Vaccination in Burma 1912-1922 - 1912-1922
Year: 1912
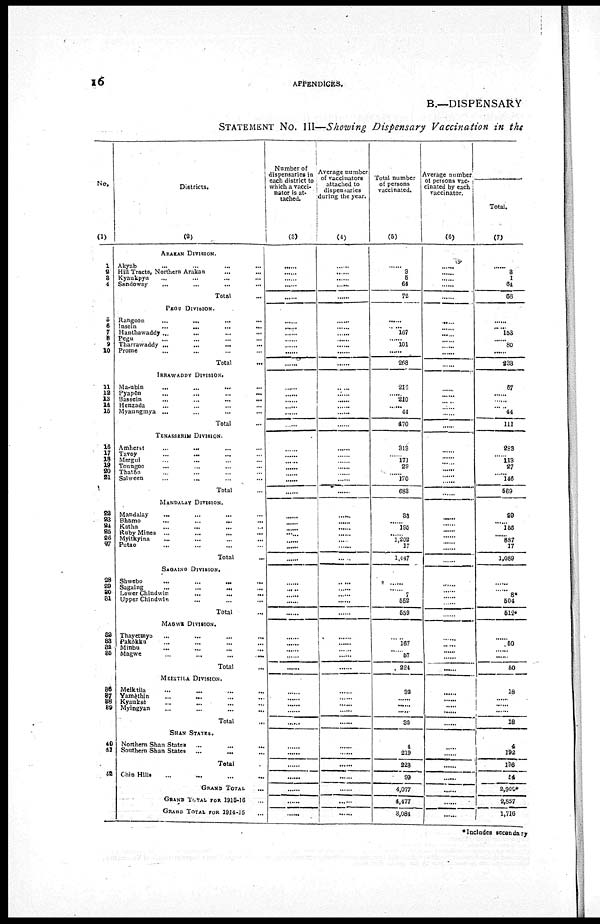
16
APPENDICES.
B.—DISPENSARY
STATEMENT No. III—Showing Dispensary Vaccination in the
No.
(1)
1
2
3
4
5
6
7
8
9
10
11
12
13
14
16
16
17
18
19
20
21
22
23
24
25
26
27
28
29
30
31
32
33
34
35
36
37
38
39
40
41
42
Districts.
(2)
ARAKAN DIVISION.
Akyab ... ... ... ...
Hill Tracts, Northern Arakan ... ...
Kyaukpyu ... ... ... ...
Sandoway ... ... ... ...
Total ...
PEGU DIVISION.
Rangoon
...
...
... ...
Insein
...
...
...
...
Hanthawaddy...
... ... ...
Pegu ... ... ... ...
Tharrawaddy ...
...
... ...
Prome ... ... ... ...
Total ...
IRRAWADDY DIVISION.
Ma-ubin
...
...
... ...
Pyapôn ... ... ... ...
Bassein
...
...
...
...
Henzada ... ... ... ...
Myaungmya ...
...
... ...
Total ...
TENASSERIM DIVISION.
Amherst
...
...
...
...
Tavoy ... ... ... ...
Mergui
...
...
...
...
Toungoo ... ... ... ...
Thatôn ... ... ... ...
Salween ... ... ... ...
Total ...
MANDALAY DIVISION.
Mandalay
... ... ... ...
Bhamo
...
...
...
...
Katha ... ... ... ...
Ruby Mines ...
...
... ...
Myitkyina ... ... ... ...
Putao ... ... ... ...
Total ...
SAGAING DIVISION.
Shwebo ... ... ... ...
Sagaing
...
...
... ...
Lower Chindwin ... ... ...
Upper Chindwin ... ... ...
Total ...
MAGWE DIVISION.
Thayetmyo ... ... ... ...
Pakôkku ... ... ... ...
Minbu ... ... ... ...
Magwe
...
...
...
...
Total ...
MEIKTILA DIVISION.
Meiktila
...
...
...
...
Yamèthin ... ... ... ...
Kyauksè ... ... ... ...
Myingyan ... ... ... ...
Total ...
SHAN STATES.
Northern Shan States ... ... ...
Southern Shan States ... ... ...
Total ...
Chin Hills ... ... ... ...
GRAND TOTAL ...
GRAND TOTAL FOR 1915-16
GRAND TOTAL FOR 1914-15
Number of
dispensaries in
each district to
which a vacci-
nator is at-
tached.
(3)
......
......
......
......
......
......
......
......
......
......
......
......
......
......
......
...... ......
......
......
......
......
......
......
......
......
......
......
...... ......
......
......
......
......
......
......
......
......
......
......
......
......
......
......
......
......
......
......
......
......
......
......
......
......
......
Average number
of vaccinators
attached to
dispensaries
during the year.
(4)
......
......
......
......
......
......
...... ......
......
......
......
......
......
......
......
......
......
......
......
......
......
......
......
......
......
......
......
......
......
......
......
......
......
......
......
......
......
......
......
......
......
......
......
......
......
......
......
......
......
......
......
......
......
......
Total number
of persons
vaccinated.
(5)
......
3
5
64
72
......
...... 167
...... 101
......
268
216
...... 210
......
44
470
313
...... 171
29
...... 170
683
38
...... 195
...... 1,202
17
1,447
......
......
7
552
559
......
167
......
57
224
32
......
......
......
32
4
219
223
99
4,077
4,477
3,084
Average number
of persons vac-
cinated by each
vaccinator.
(6)
......
......
......
......
......
......
...... ......
......
......
......
......
......
......
......
......
......
......
......
......
......
......
......
......
......
......
......
......
......
......
......
......
......
......
......
......
......
......
......
......
......
......
......
......
......
......
......
......
......
......
......
......
......
Total.
(7)
......
3
1
64
68
......
...... 153
......
80
......
233
67
......
......
......
44
111
283
...... 113
27
...... 146
569
29
...... 156
......
887
17
1,089
......
......
8*
504
512*
......
50
...... ......
50
18
......
......
......
18
4
192
196
54
2,900*
2,857
1,716
*Includes secondary